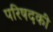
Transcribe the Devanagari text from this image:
परिषदकी